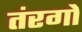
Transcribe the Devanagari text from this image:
तंरगो